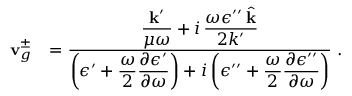
\begin{array} { r l } { { \bf v } _ { g } ^ { \pm } } & { = \frac { \displaystyle \frac { { \bf k } ^ { \prime } } { \mu \omega } + i \, \frac { \omega \epsilon ^ { \prime \prime } \, \hat { { \bf k } } } { 2 k ^ { \prime } } } { \displaystyle \left( \epsilon ^ { \prime } + \frac { \omega } { 2 } \frac { \partial \epsilon ^ { \prime } } { \partial \omega } \right) + i \left( \epsilon ^ { \prime \prime } + \frac { \omega } { 2 } \frac { \partial \epsilon ^ { \prime \prime } } { \partial \omega } \right) } \; . } \end{array}